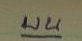
บน